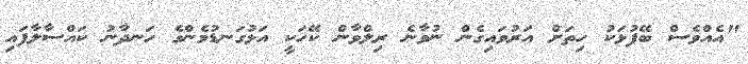
"އެއްވެސް ބޭފުޅަކު ހިތަށް އަރުވައިގެން ނުވާނެ ރިލްވާން ކޭހަކީ އަޅުގަނޑުމެންގެ ހަނދާނު ކައްސާލާފައި